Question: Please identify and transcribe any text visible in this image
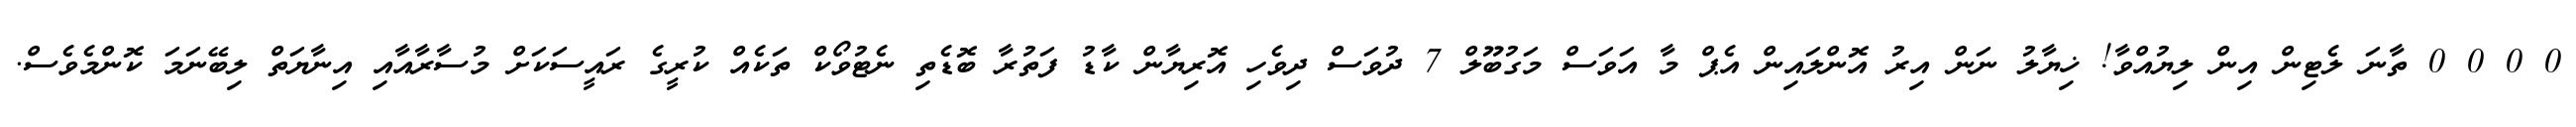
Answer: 0 0 0 0 ތާނަ ލެޓިން އިން ލިޔުއްވާ! ޚިޔާލު ނަން އިރު އޮންލައިން އެޕް މާ އަވަސް މަގުބޫލް 7 ދުވަސް ދިވެހި އޮރިޔާން ކާޑު ފަތުރާ ބޮޑެތި ނެޓުވޯކް ތަކެއް ކުރީގެ ރައީސަކަށް މުސާރާއާއި އިނާޔަތް ލިބޭނަމަ ކޮންމެވެސް.